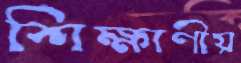
শিক্ষাণীয়